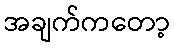
အချက်ကတော့